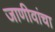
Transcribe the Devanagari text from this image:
जाणीवांचा